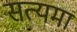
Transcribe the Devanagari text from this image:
सत्यमा